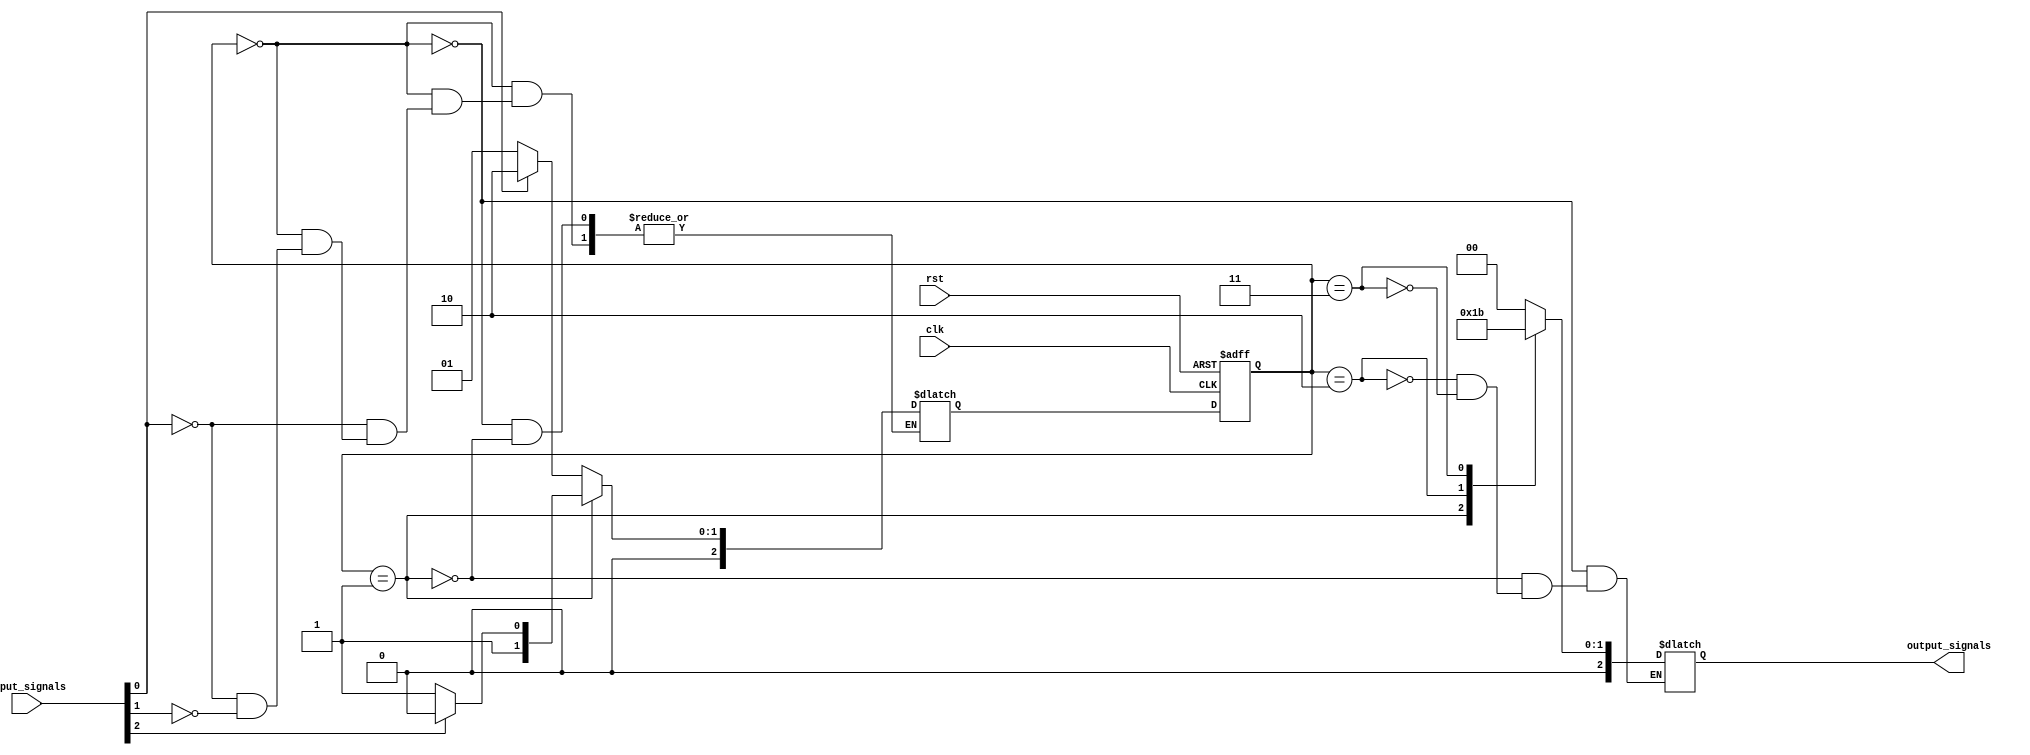
module state_machine 
    (
        input wire clk,
        input wire rst,
        input wire [n-1:0] input_signals,
        output reg [m-1:0] output_signals
    );

    parameter n = 4; // number of input signals
    parameter m = 3; // number of output signals

    reg [2:0] state;
    reg [2:0] next_state;
    
    // state definitions
    parameter STATE_0 = 3'b000;
    parameter STATE_1 = 3'b001;
    parameter STATE_2 = 3'b010;
    parameter STATE_3 = 3'b011;
    // add more states as needed
    
    always @ (posedge clk or posedge rst)
    begin
        if (rst)
            state <= STATE_0;
        else
            state <= next_state;
    end

    always @ (*)
    begin
        // next state logic with priority encoding
        case (state)
            STATE_0: begin
                if (input_signals[0]) next_state = STATE_2;
                else if (input_signals[1]) next_state = STATE_1;
                // add more priority encoding for state transitions
            end
            STATE_1: begin
                if (input_signals[2]) next_state = STATE_2;
                else next_state = STATE_3;
                // add more priority encoding for state transitions
            end
            // add more cases for other states
        endcase
    end

    always @ (*)
    begin
        // output logic based on current state
        case (state)
            STATE_0: output_signals = 3'b000;
            STATE_1: output_signals = 3'b001;
            STATE_2: output_signals = 3'b010;
            STATE_3: output_signals = 3'b011;
            // add more cases for other states
        endcase
    end

endmodule